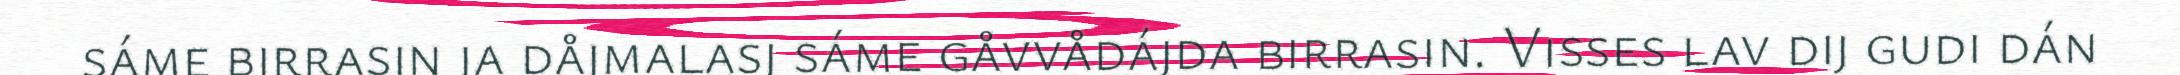
sáme birrasin ja dåjmalasj sáme gåvvådájda birrasin. Visses lav dij gudi dán